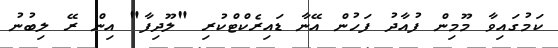
ކަމުގައިވާ މޫމިން ފުއާދު ފަހުން އޭނާ ޑައިރެކްޓްކުރި "ލޫދިފާ" އިން ރޭ ލިބުނު